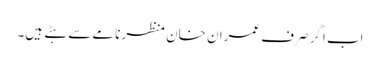
اب اگر صرف عمران خان منظر نامے سے ہٹے ہیں۔